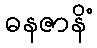
ဓနဇာနိံ